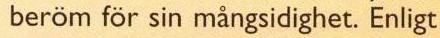
beröm för sin mångsidighet. Enligt